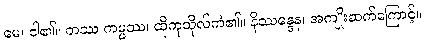
မေ၊ ငါ၏။ တဿ ကမ္မဿ၊ ထိုကုသိုလ်ကံ၏။ နိဿန္ဒေန၊ အကျိုးဆက်ကြောင့်။